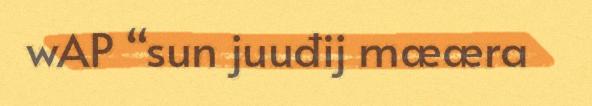
wAP “sun juuđij mææra